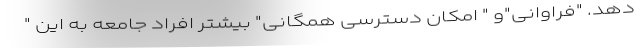
دهد. "فراوانی"و " امکان دسترسی همگانی" بیشتر افراد جامعه به این "